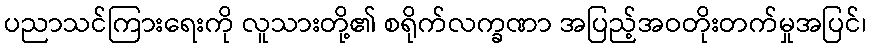
ပညာသင်ကြားရေးကို လူသားတို့၏ စရိုက်လက္ခဏာ အပြည့်အဝတိုးတက်မှုအပြင်၊